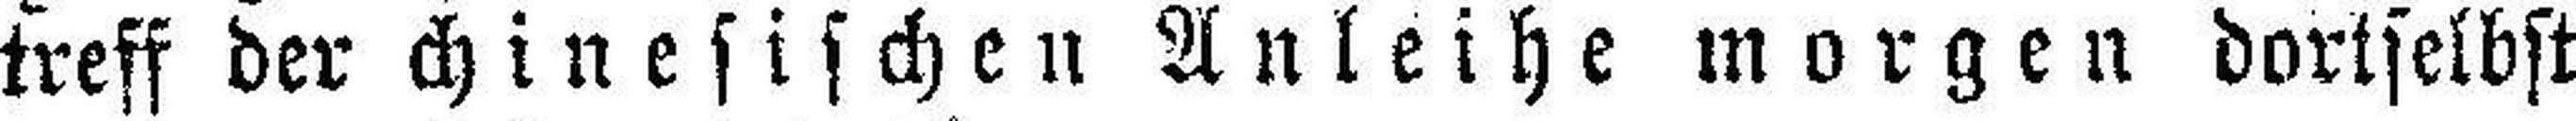
treff der chinesischen Anleihe morgen dortselbst